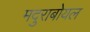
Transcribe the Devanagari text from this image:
मदुराबोयल